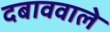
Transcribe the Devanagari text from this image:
दबाववाले